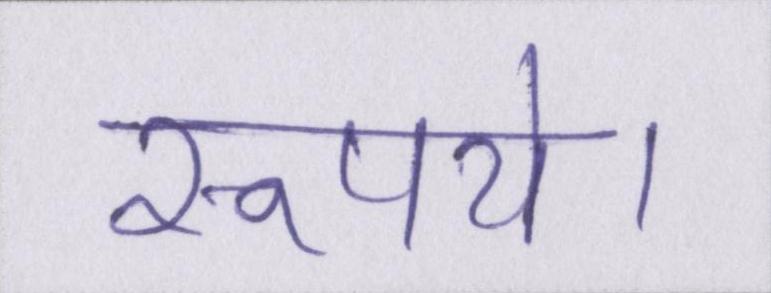
रूपये।